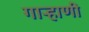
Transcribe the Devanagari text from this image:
गार्‍हाणी